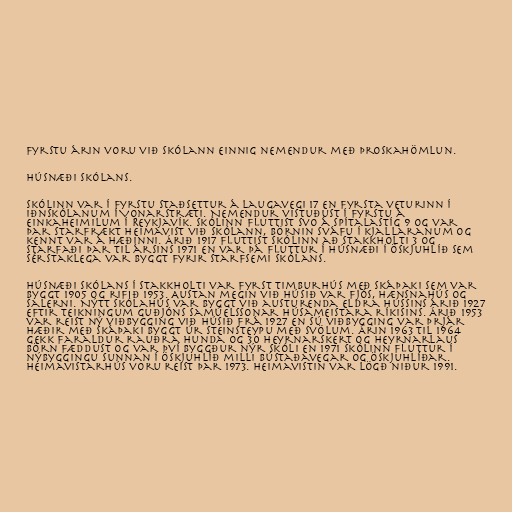
Fyrstu árin voru við skólann einnig nemendur með þroskahömlun.

Húsnæði skólans.

Skólinn var í fyrstu staðsettur á Laugavegi 17 en fyrsta veturinn í
Iðnskólanum í Vonarstræti. Nemendur vistuðust í fyrstu á
einkaheimilum í Reykjavík. Skólinn fluttist svo á Spítalastíg 9 og var
þar starfrækt heimavist við skólann, börnin sváfu í kjallaranum og
kennt var á hæðinni. Árið 1917 fluttist skólinn að Stakkholti 3 og
starfaði þar til ársins 1971 en var þá fluttur í húsnæði í Öskjuhlíð sem
sérstaklega var byggt fyrir starfsemi skólans.

Húsnæði skólans í Stakkholti var fyrst timburhús með skáþaki sem var
byggt 1905 og rifið 1953. Austan megin við húsið var fjós, hænsnahús og
salerni. Nýtt skólahús var byggt við austurenda eldra hússins árið 1927
eftir teikningum Guðjóns Samúelssonar húsameistara ríkisins. Árið 1953
var reist ný viðbygging við húsið frá 1927 en sú viðbygging var þrjár
hæðir með skáþaki byggt úr steinsteypu með svölum. Árin 1963 til 1964
gekk faraldur rauðra hunda og 30 heyrnarskert og heyrnarlaus
börn fæddust og var því byggður nýr skóli en 1971 skólinn fluttur í
nýbyggingu sunnan í Öskjuhlíð milli Bústaðavegar og Öskjuhlíðar.
Heimavistarhús voru reist þar 1973. Heimavistin var lögð niður 1991.